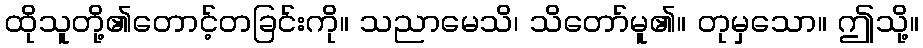
ထိုသူတို့၏တောင့်တခြင်းကို။ သညာမေသိ၊ သိတော်မူ၏။ တုမှသော။ ဤသို့။